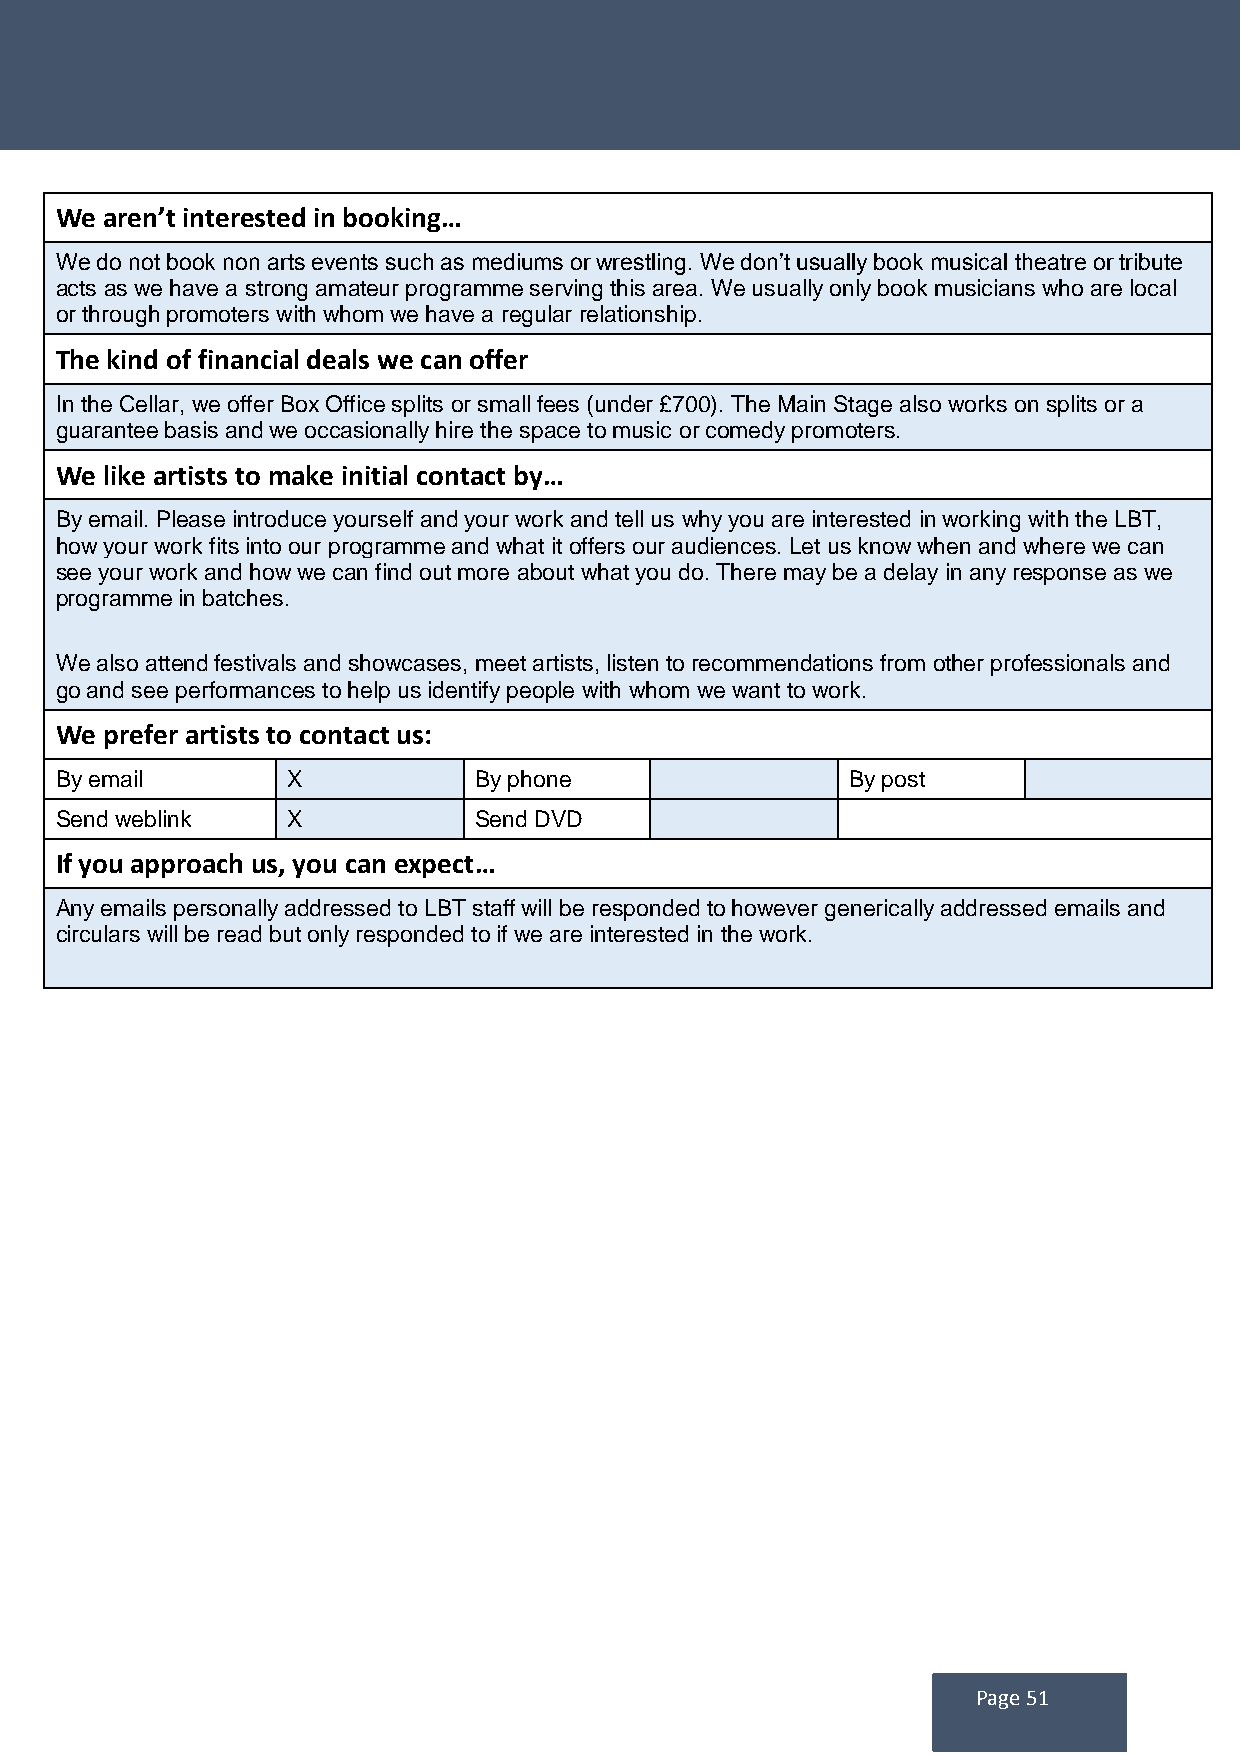
We aren’t interested in booking…
 We do not book non arts events such as mediums or wrestling. We don’t usually book musical theatre or tribute
 acts as we have a strong amateur programme serving this area. We usually only book musicians who are local
 or through promoters with whom we have a regular relationship.
 The kind of financial deals we can offer
 In the Cellar, we offer Box Office splits or small fees (under £700). The Main Stage also works on splits or a
 guarantee basis and we occasionally hire the space to music or comedy promoters.
 We like artists to make initial contact by…
 By email. Please introduce yourself and your work and tell us why you are interested in working with the LBT,
 how your work fits into our programme and what it offers our audiences. Let us know when and where we can
 see your work and how we can find out more about what you do. There may be a delay in any response as we
 programme in batches.
 We also attend festivals and showcases, meet artists, listen to recommendations from other professionals and
 go and see performances to help us identify people with whom we want to work.
 We prefer artists to contact us:
 By email       X           By phone                 By post
 Send weblink   X           Send DVD
 If you approach us, you can expect…
 Any emails personally addressed to LBT staff will be responded to however generically addressed emails and
 circulars will be read but only responded to if we are interested in the work.
 Page 51